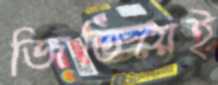
জিতিয়েই